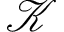
\mathcal { K }